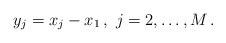
LaTeX: \begin{align*} y_j=x_j-x_1\,,\ j=2,\ldots,M\,.\end{align*}